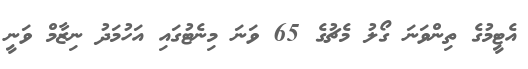
އެޓީމުގެ ތިންވަނަ ގޯލު މެޗުގެ 65 ވަނަ މިނެޓުގައި އަހުމަދު ނިޒާމް ވަނީ